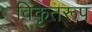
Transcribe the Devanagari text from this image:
विकृतरूप